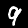
Label: 9